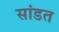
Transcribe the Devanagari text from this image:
सांडत